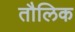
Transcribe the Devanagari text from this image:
तौलिक